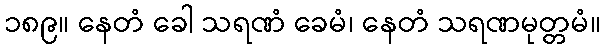
၁၈၉။ နေတံ ခေါ သရဏံ ခေမံ၊ နေတံ သရဏမုတ္တမံ။